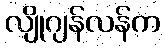
လျိုဂျန်လန်က